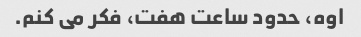
اوه، حدود ساعت هفت، فکر می کنم.